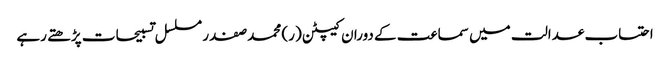
احتساب عدالت میں سماعت کے دوران کیپٹن (ر) محمد صفدر مسلسل تسبیحات پڑھتے رہے